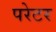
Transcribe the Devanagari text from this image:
परेटर